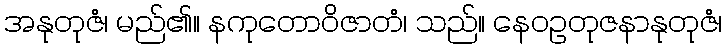
အနုတုဇံ၊ မည်၏။ နကုတောဝိဇာတံ၊ သည်။ နေဝဥတုဇနာနုတုဇံ၊